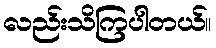
လည်းသိကြပါတယ်။